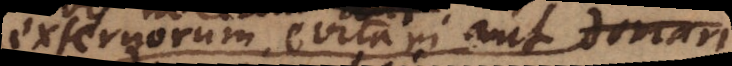
externorum evitari aut domari